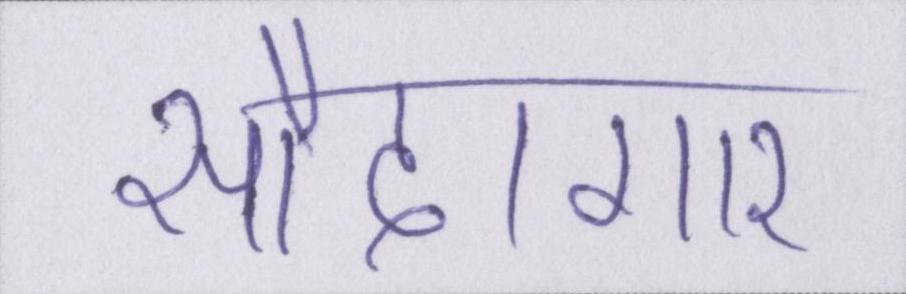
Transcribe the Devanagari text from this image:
सौदागार